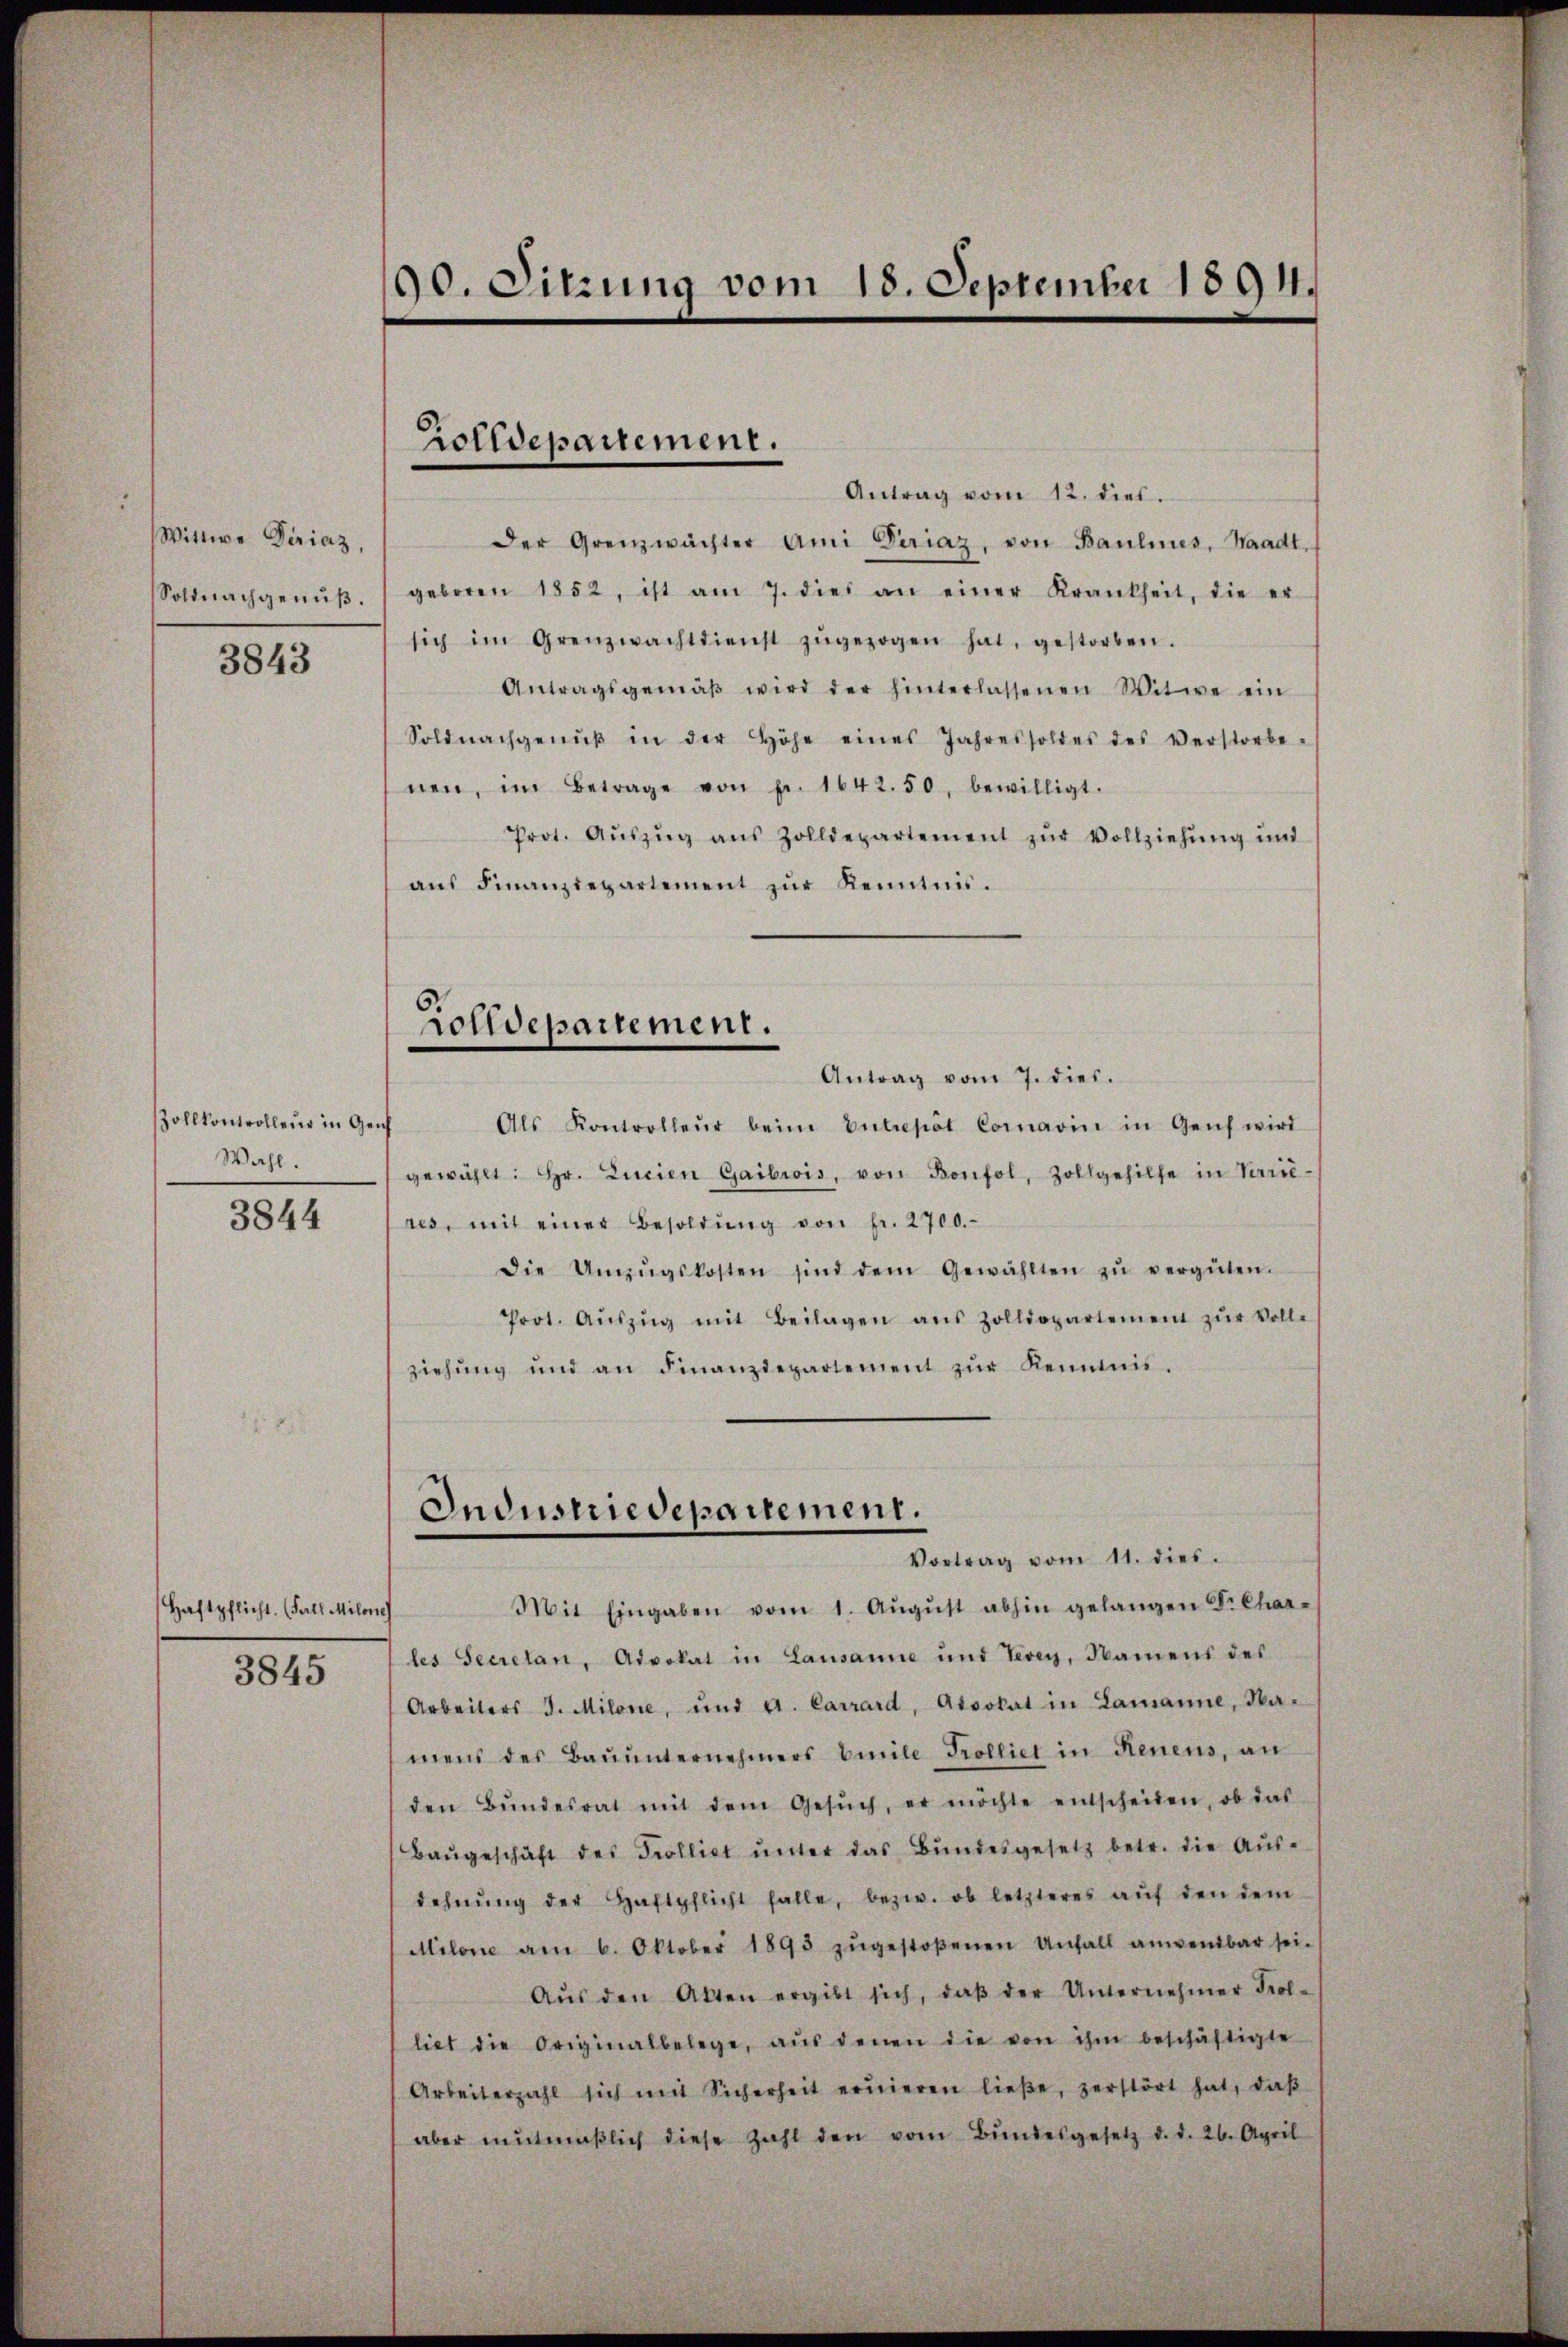
Wittwe Diriaz
Soldnachgenuß.

3843

Zohlkontrolleur in Gen
Wahl.
3844

(Haftpflicht. (Fall Milone

3845

90. Sitzung vom 18. September 1894.

Zolldepartement.

Antrag vom 12. dies
Der Grenzwächter Ami Seriaz, von Baulines, Waadt,
geboren 1852, ist am 7. dies an einer Krankheit, die er
sich im Grenzwachtdienst zŭgezogen hat, gestorben.
Antragsgemäβ wird der hinterlassenen Witwe ein
Soldnachgenŭβ in der Höhe eines Jahressoldes des verstorbe-
nen, im Betrage von pr. 1642. 50, bewilligt.
Prot. Aŭszŭg aŭs Zolldepartement zŭr Vollziehŭng ŭnd
aŭs Finanzdepartement zŭr Kenntnis.
Zolldepartement.
Antrag vom 7. dies.
Als Kontrolleŭr beim Entrepat Cornavin in Genf wird
gewählt: Hr. Lucien Gaibiois, von Bonfol, Zollgehilfe in Varie-
res, mit einer Besoldŭng von fr. 2700.
Die Umzŭgskosten sind dem Gewählten zŭ vergüten.
Prot. Aŭszŭg mit Beilagen ans Zolldopartement zŭr Volle
ziehŭng und an Finanzdepartement zŭr Kenntnis.

Industriedepartement.
Vortrag vom 11. dies

Mit Eingaben vom 1. Aŭgŭst abhin gelangen Fr. Char-
les Secretan, Advokat in Lausanne und Tevey, Namens des
Arbeiters I. Milone, und a. Carrard, Advokat in Lamanne, Ba-
mens des Baŭŭnternehmers beile Trolliet in Renens, an
den Bŭndesrat mit dem Gesŭch, er möchte entscheiden, ob das
Baŭgeschäft des Trolliet ŭnter das Bŭndesgesetz betr. die Aŭs-
dehnŭng der Haftpflicht falle, bezw. ob letzteres aŭf den dem
Milone am 6. Oktober 1893 zŭgestoßenen Unfall anwendbar sei-
Aŭs den Akten ergibt sich, daβ der Unternehmer Frol-
liet die Originalbelege, aŭs denen die von ihm beschäftigte
Arbeiterzahl sich mit Sicherheit eruieren ließe, zerstört hat, daβ
aber mŭtmäβlich diese Zahl den vom Bŭndesgesetz d. d. 26. April